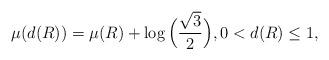
LaTeX: \begin{align*} \mu(d(R)) = \mu(R) + \log \Big( \frac{\sqrt{3}}{2} \Big), 0 < d(R) \leq 1,\end{align*}